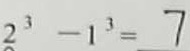
2 ^ { 3 } - 1 ^ { 3 } = 7